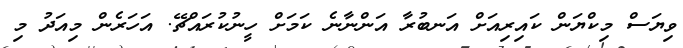
ވިޔަސް މިކްޔަން ކައިރިއަށް އަނބުރާ އަންނާނެ ކަމަށް ހީނުކުރައްޗޭ. އަހަރެން މިއަދު މި